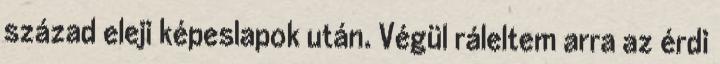
század eleji képeslapok után. Végül ráleltem arra az érdi